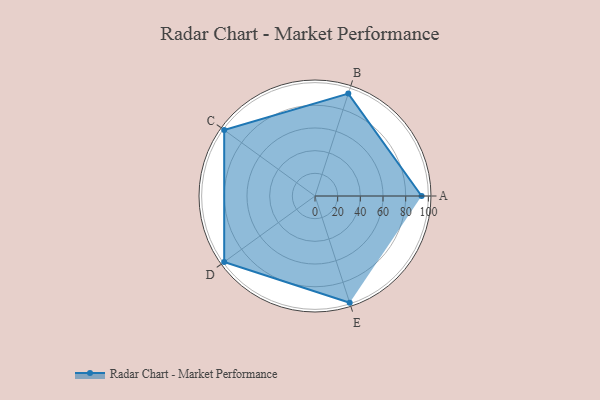
{"axis": {"x": "Skill", "y": "Score"}, "legend": ["Profile"], "data": [{"x": "A", "y": 94.0, "type": "Profile"}, {"x": "B", "y": 95.0, "type": "Profile"}, {"x": "C", "y": 99.0, "type": "Profile"}, {"x": "D", "y": 99, "type": "Profile"}, {"x": "E", "y": 99, "type": "Profile"}]}